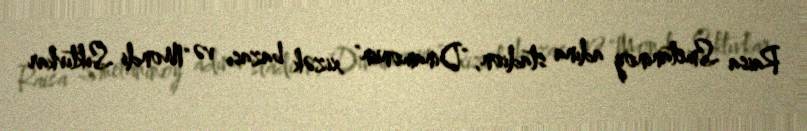
Raisa Smetaninoy adına stadion, "Dinamonun" xizək bazası və "Mondi Sıktıvkar